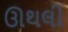
ઊથલી